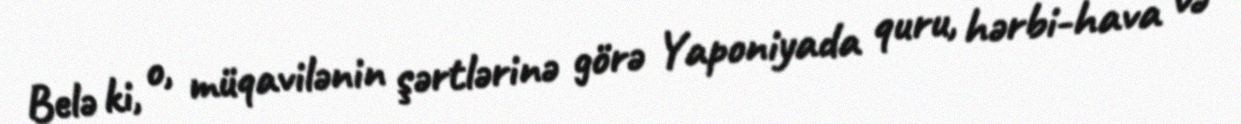
Belə ki, o, müqavilənin şərtlərinə görə Yaponiyada quru, hərbi-hava və